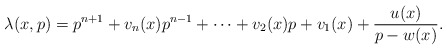
\begin{align*}\lambda(x, p) = p^{n+1} + v_n(x) p^{n-1} + \cdots + v_2(x) p + v_1(x) + \frac{u(x)}{p-w(x)}.\end{align*}